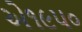
એ૧૯૫૦